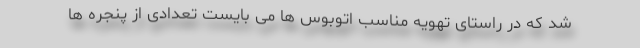
شد که در راستای تهویه مناسب اتوبوس ها می بایست تعدادی از پنجره ها